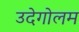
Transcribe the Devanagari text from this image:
उदेगोलम